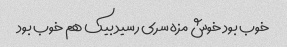
خوب بود خوش مزه سری رسید بیک هم خوب بود